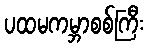
ပထမကမ္ဘာစစ်ကြီး